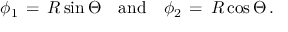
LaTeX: \phi _ { 1 } \, = \, R \sin \Theta \quad \mathrm { a n d } \quad \phi _ { 2 } \, = \, R \cos \Theta \, .